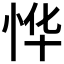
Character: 𫺆